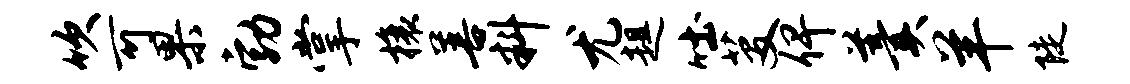
吹可果勃掌榱善料尤趄吐芟俾羹羊陡